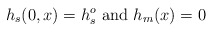
\begin{align*} h_s (0,x) = h_s^o \mbox{ and } h_m (x) = 0\end{align*}